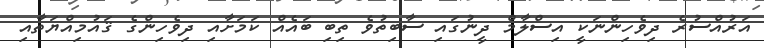
އަރުއްސުރެ ދިވެހިންނަކީ އިސްލާމް ދީނުގައި ސާބިތުވެ ތިބި ބައެއް ކަމަށާއި ދިވެހިންގެ ޤައުމިއްޔަތާއި